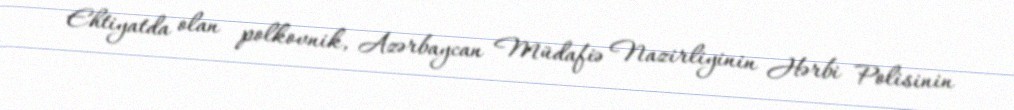
Ehtiyatda olan polkovnik, Azərbaycan Müdafiə Nazirliyinin Hərbi Polisinin